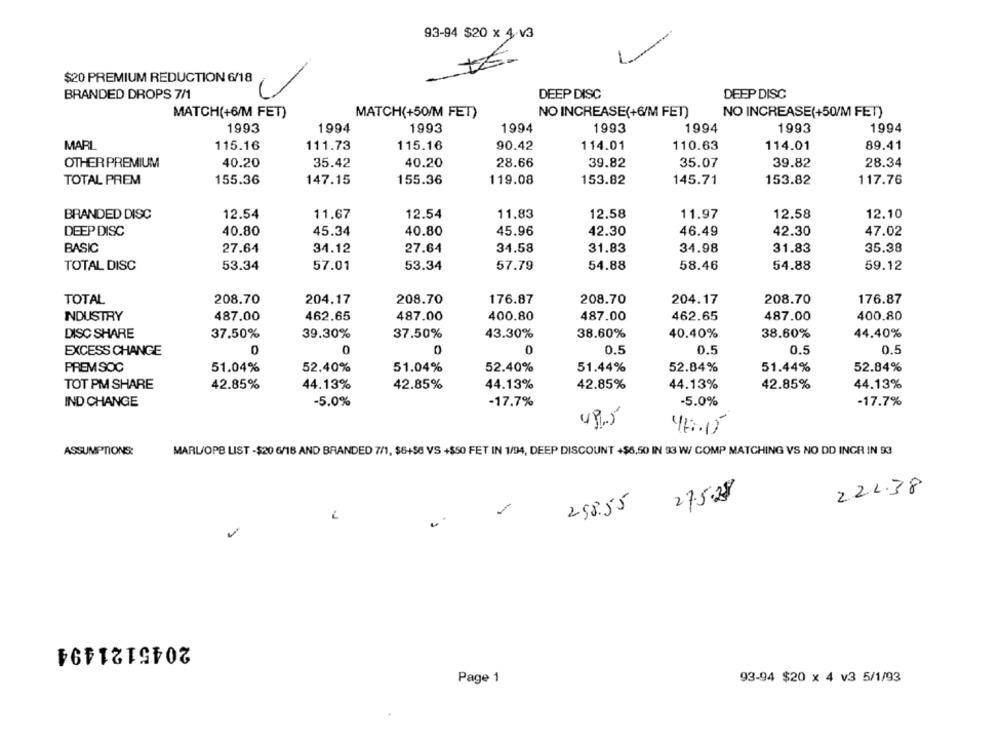
93-94 $20 x 4 v3
$20 PREMIUM REDUCTION 6/18
BRANDED DROPS 7/1
DEEP DISC
DEEP DISC
MATCH(+6/M FET)
MATCH(+50/M FET)
NO INCREASE(+6/M FET)
NO INCREASE(+50/M FET)
1993
1994
1993
1994
1993
1994
1993
1994
MARL
115.16
111.73
115.16
90.42
114.01
110.63
114.01
89.41
OTHER PREMIUM
40.20
35.42
40.20
28.66
39.82
35.07
39.82
28.34
TOTAL PREM
155.36
147.15
155.36
119.08
153.82
145.71
153.82
117.76
BRANDED DISC
12.54
11.67
12.54
11.83
12.58
11.97
12.58
12.10
DEEP DISC
40.80
40.80
45.96
42.30
46.49
42.30
45.34
47.02
BASIC
27.64
34.12
27.64
34.58
31.83
34.98
31.83
35.38
TOTAL DISC
53.34
57.01
53.34
57.79
54.88
58.46
54.88
59.12
TOTAL
208.70
204.17
208.70
176.87
208.70
204.17
208.70
176.87
INDUSTRY
487.00
462.65
487.00
400.80
487.00
462.65
487.00
400.80
DISC SHARE
37.50%
39.30%
37.50%
43.30%
38.60%
40.40%
38.60%
44.40%
EXCESS CHANGE
0
0
0
0.5
0.5
0.5
0.5
PREMSOC
51.04%
52.40%
51.04%
52.40%
51.44%
52.84%
51.44%
52.84%
TOT PM SHARE
42.85%
44.13%
42.85%
44.13%
42.85%
44.13%
42.85%
44.13%
IND CHANGE
-5.0%
-17.7%
-5.0%
-17.7%
ASSUMPTIONS:
MARL/OPE LIST -$20 6/18 AND BRANDED 7/1, $6+58 VS +$50 FET IN 1/94, DEEP DISCOUNT +$6,50 IN 93 W/ COMP MATCHING VS NO DD INGR IN 933
222.38
27.5.28
298.55
-
2045121494
Page 1
93-94 $20 x 4 v3 5/1/93